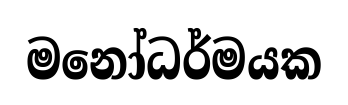
මනෝධර්මයක